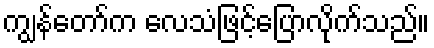
ကျွန်တော်က လေသံဖြင့်ပြောလိုက်သည်။